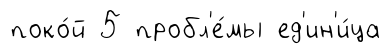
поко́й 5 пробл'е́мы ед'ин'и́ца